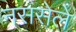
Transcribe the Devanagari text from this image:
नससेले